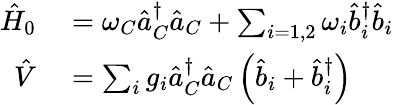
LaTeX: \begin{array}{rl}{\hat{H}_{0}}&{{}=\omega_{C}\hat{a}_{C}^{\dagger}\hat{a}_{C}+\sum_{i=1,2}\omega_{i}\hat{b}_{i}^{\dagger}\hat{b}_{i}}\\ {\hat{V}}&{{}=\sum_{i}g_{i}\hat{a}_{C}^{\dagger}\hat{a}_{C}\left(\hat{b}_{i}+\hat{b}_{i}^{\dagger}\right)}\end{array}